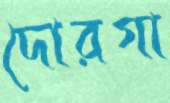
দোরগা